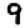
Digit: 9